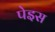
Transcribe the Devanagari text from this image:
पेइस